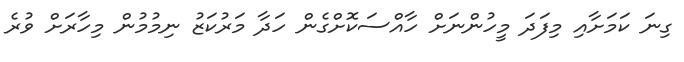
ގިނަ ކަމަށާއި މިފަަދަ މީހުންނަށް ހާއްސަކޮށްގެން ހަދާ މަރުކަޒު ނިމުމުން މިހާރަށް ވުރެ